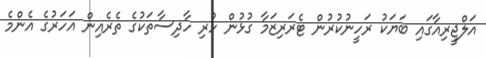
އަލްޖީރިއާގައި ބަޔަކު ރަހީނުކުރުން ޓެރަރިޒަމާ ގުޅުން ހުރި ހާދިސާތަކުގެ ތެރެއިން އަހަރުގެ އެންމެ